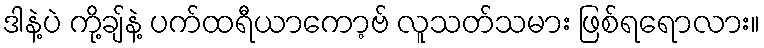
ဒါနဲ့ပဲ ကို့ချ်နဲ့ ပက်ထရီယာကော့ဗ် လူသတ်သမား ဖြစ်ရရောလား။